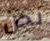
نحن